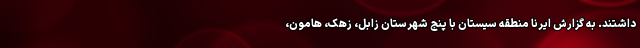
داشتند. به گزارش ایرنا منطقه سیستان با پنج شهرستان زابل، زهک، هامون،